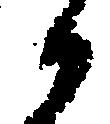
か